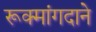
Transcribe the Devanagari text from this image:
रूक्मांगदाने